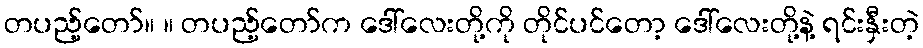
တပည့်တော်။ ။ တပည့်တော်က ဒေါ်လေးတို့ကို တိုင်ပင်တော့ ဒေါ်လေးတို့နဲ့ ရင်းနှီးတဲ့